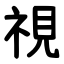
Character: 視